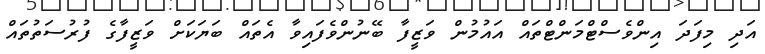
އަދި މިފަަދަ އިންވެސްޓްމަންޓްތައް އައުމުން ވަޒީފާ ބޭނުންވެފައިވާ އެތައް ބަޔަކަށް ވަޒީފާގެ ފުރުސަތުތައް